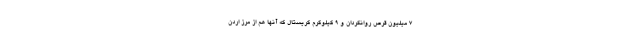
۷ میلیون قرص روانگردان و ۹ کیلوگرم کریستال که آنها هم از مرز اردن